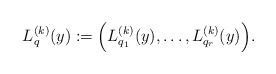
\begin{align*}L_q^{(k)}(y) := \Big( L_{q_1}^{(k)}(y), \ldots, L_{q_r}^{(k)}(y) \Big).\end{align*}